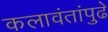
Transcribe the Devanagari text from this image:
कलावंतांपुढे